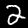
Label: 2